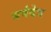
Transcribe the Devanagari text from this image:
धर्मदेव